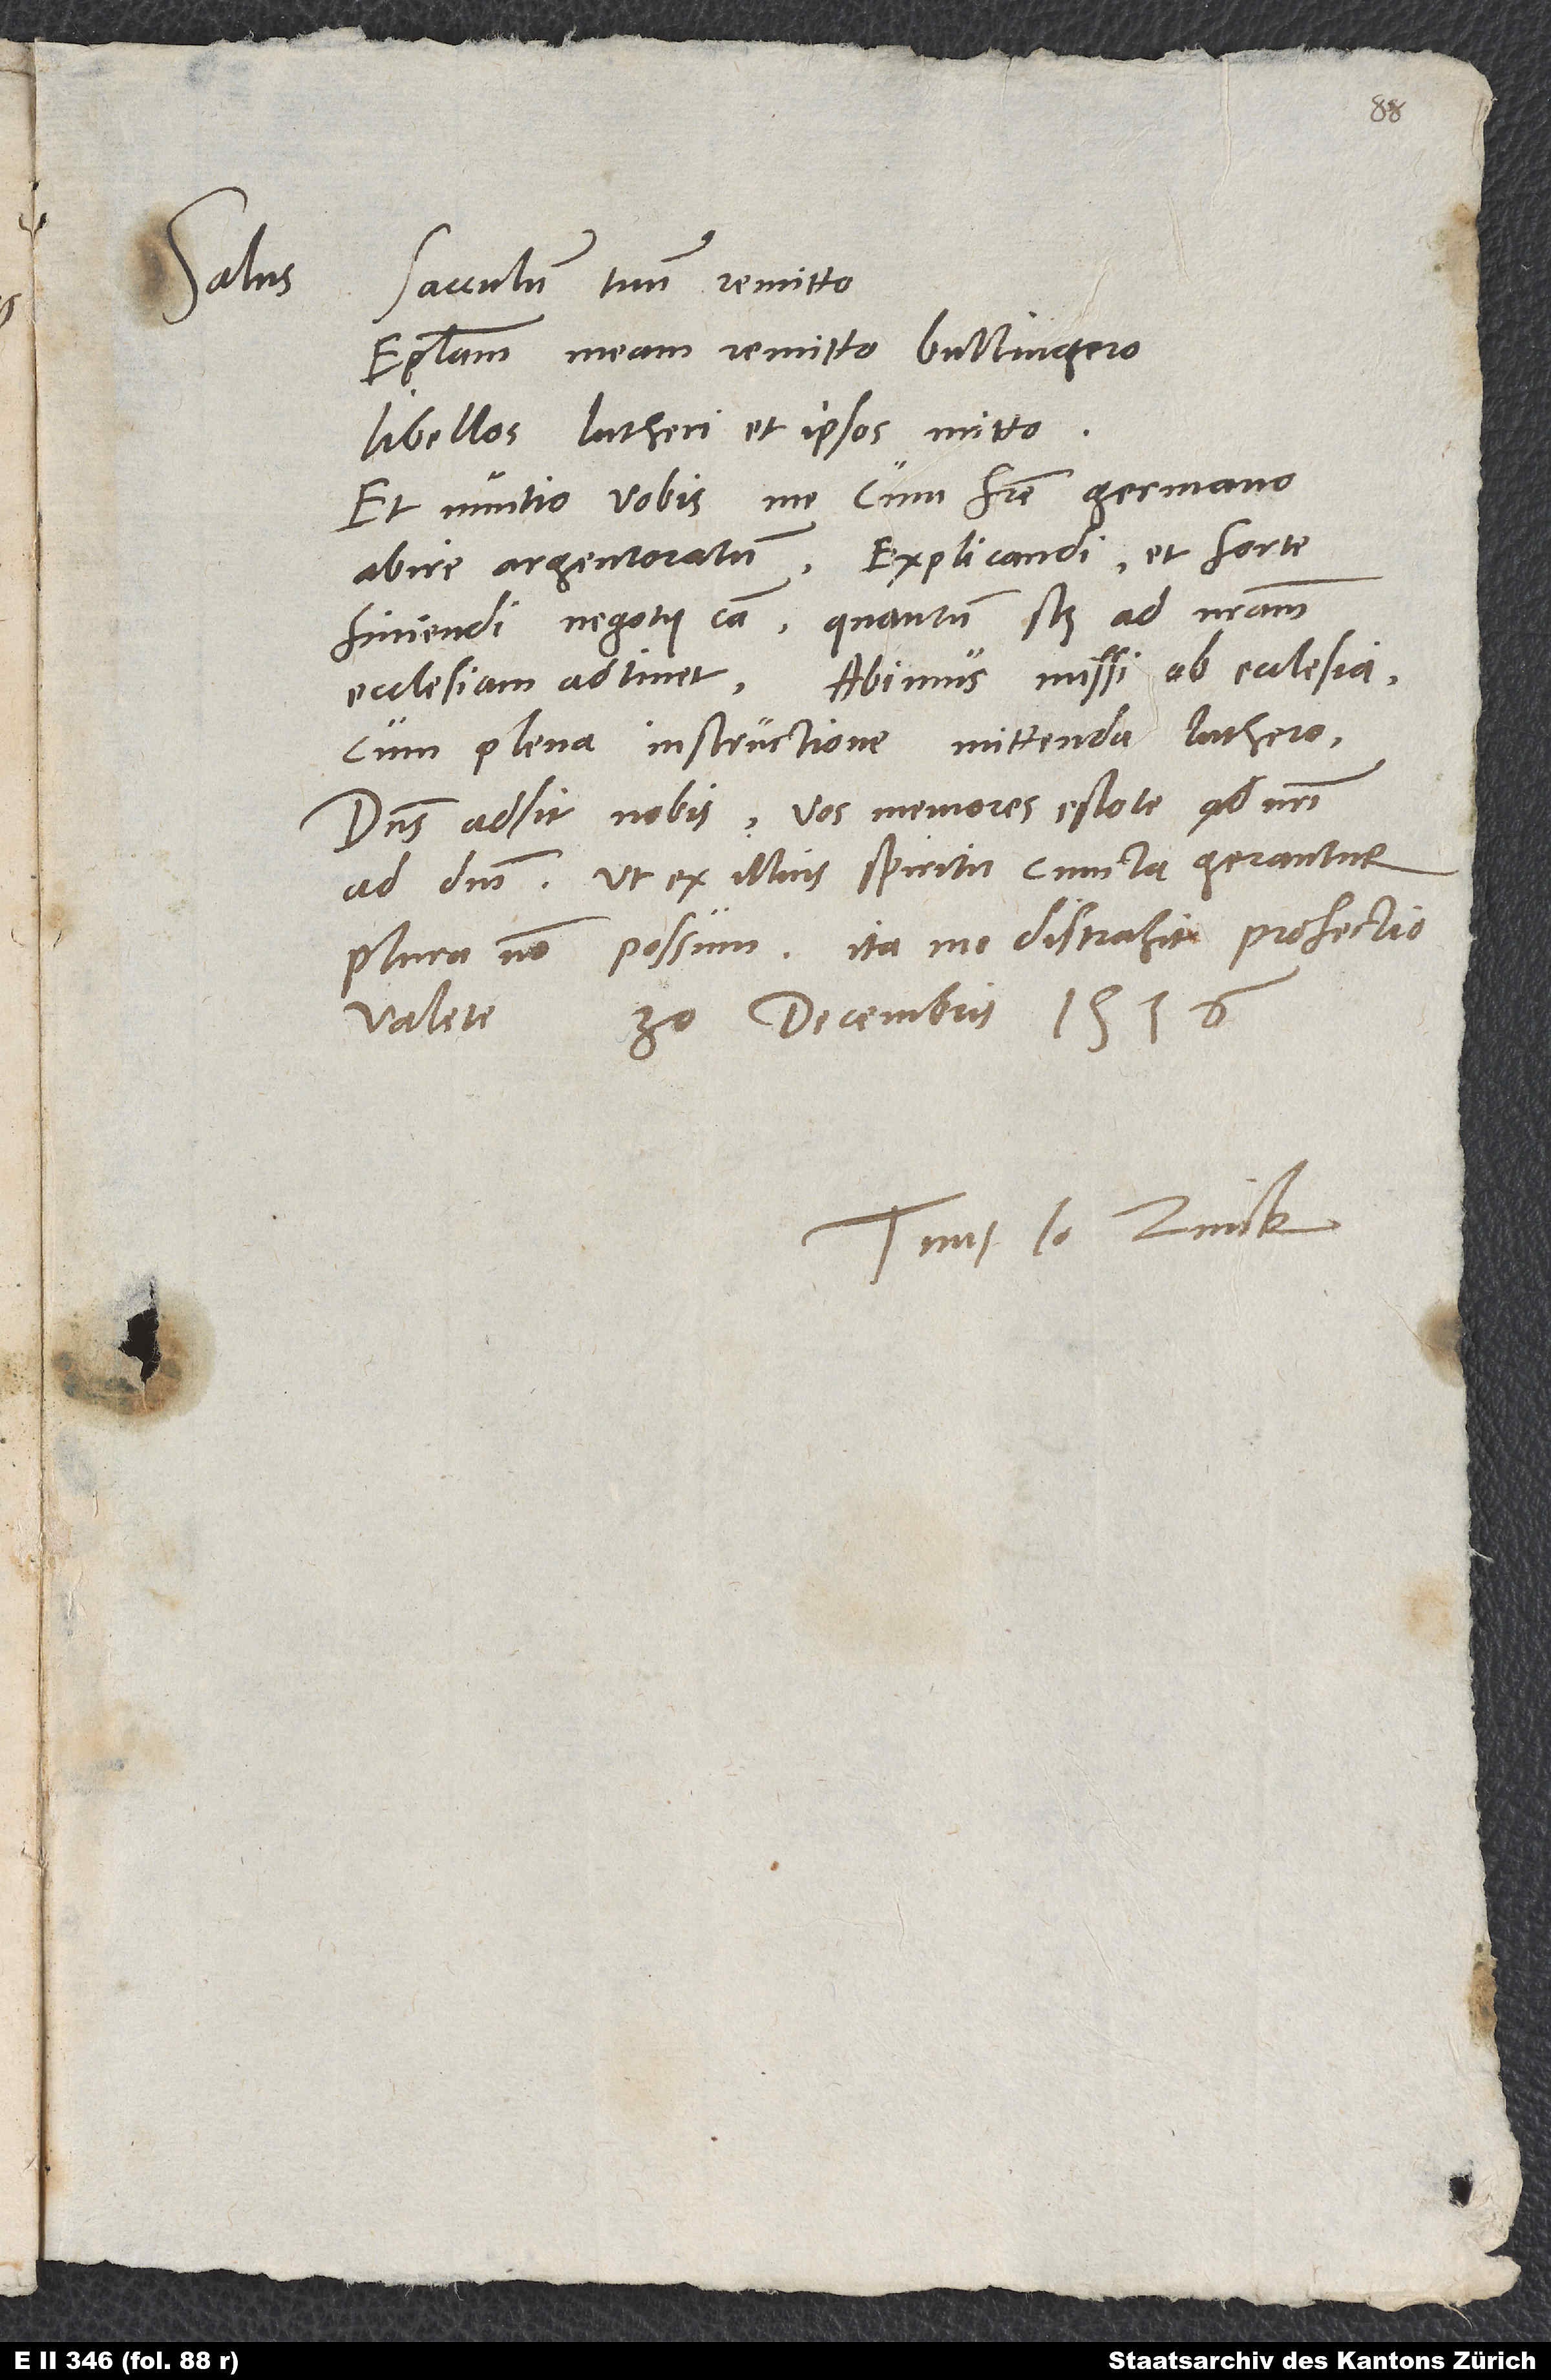
Salus.

Sacculum tuum remitto.
Epistolam meam remitto Bullingero;
libellos Lutheri et ipsos mitto.
Et nuntio vobis me cum fratre germano
abire Argentoratum explicandi et forte
finiendi negotii causa, quantum scilicet ad nostram
ecclesiam adtinet. Abimus missi ab ecclesia
cum plena instructione mittenda Luthero.
Dominus adsit nobis. Vos memores estote nostri
ad dominum, ut ex illius spiritu cuncta gerantur.
Plura non possum, ita me distrahit profectio.
Valete.
30. decembris 1536.
Tuus Io. Zvick.